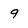
Character: 9